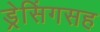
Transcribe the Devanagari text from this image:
ड्रेसिंगसह